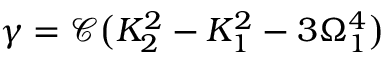
\gamma = \mathscr { C } \big ( K _ { 2 } ^ { 2 } - K _ { 1 } ^ { 2 } - 3 \Omega _ { 1 } ^ { 4 } \big )